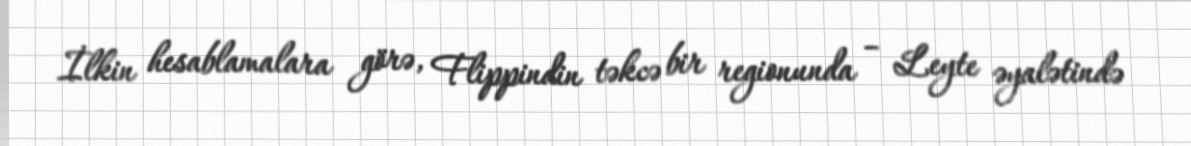
İlkin hesablamalara görə, Flippindin təkcə bir regionunda – Leyte əyalətində